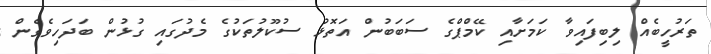
ތަރުހީބެއް ލިބިފައިވާ ކަމަށާއި ކޭމްޕްގެ ސަބަބުން އަތޮޅު ސުކޫލުތަކުގެ މެދުގައި ގުޅުން ބަދަހިވެގެން